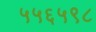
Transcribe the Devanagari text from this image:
५५६५९८